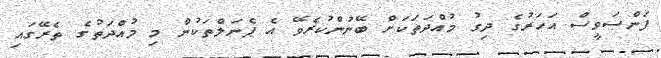
ފަންސަވީސް އަހަރުގެ ދިގު މުއްދަތަކަށް ބޭނުންކުރެވޭ އެ ޕެނަލްތަކުން މި މުއްދަތުގެ ތެރޭގައި